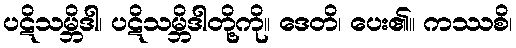
ပဋိသမ္ဘိဒါ၊ ပဋိသမ္ဘိဒါတို့ကို။ ဒေတိ၊ ပေး၏။ ကဿစိ၊